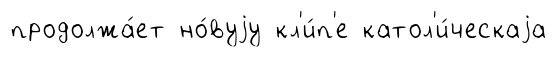
продолжа́ет но́вуjу кл'и́п'е катол'и́ческаjа